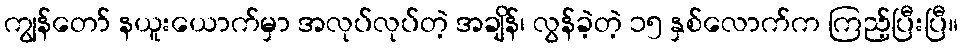
ကျွန်တော် နယူးယောက်မှာ အလုပ်လုပ်တဲ့ အချိန်၊ လွန်ခဲ့တဲ့ ၁၅ နှစ်လောက်က ကြည့်ပြီးပြီ။